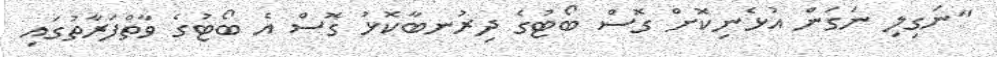
"ނަގިލި ނަގަން އުޅެނިކޮށް ގޮސް ބޯޓުގެ ދިރުނބާކޮޅު ގޮސް އެ ބޯޓުގެ ވާތްފަރާތުގައި